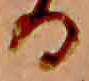
る